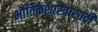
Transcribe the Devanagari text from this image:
भौतिकशास्त्रासाठी